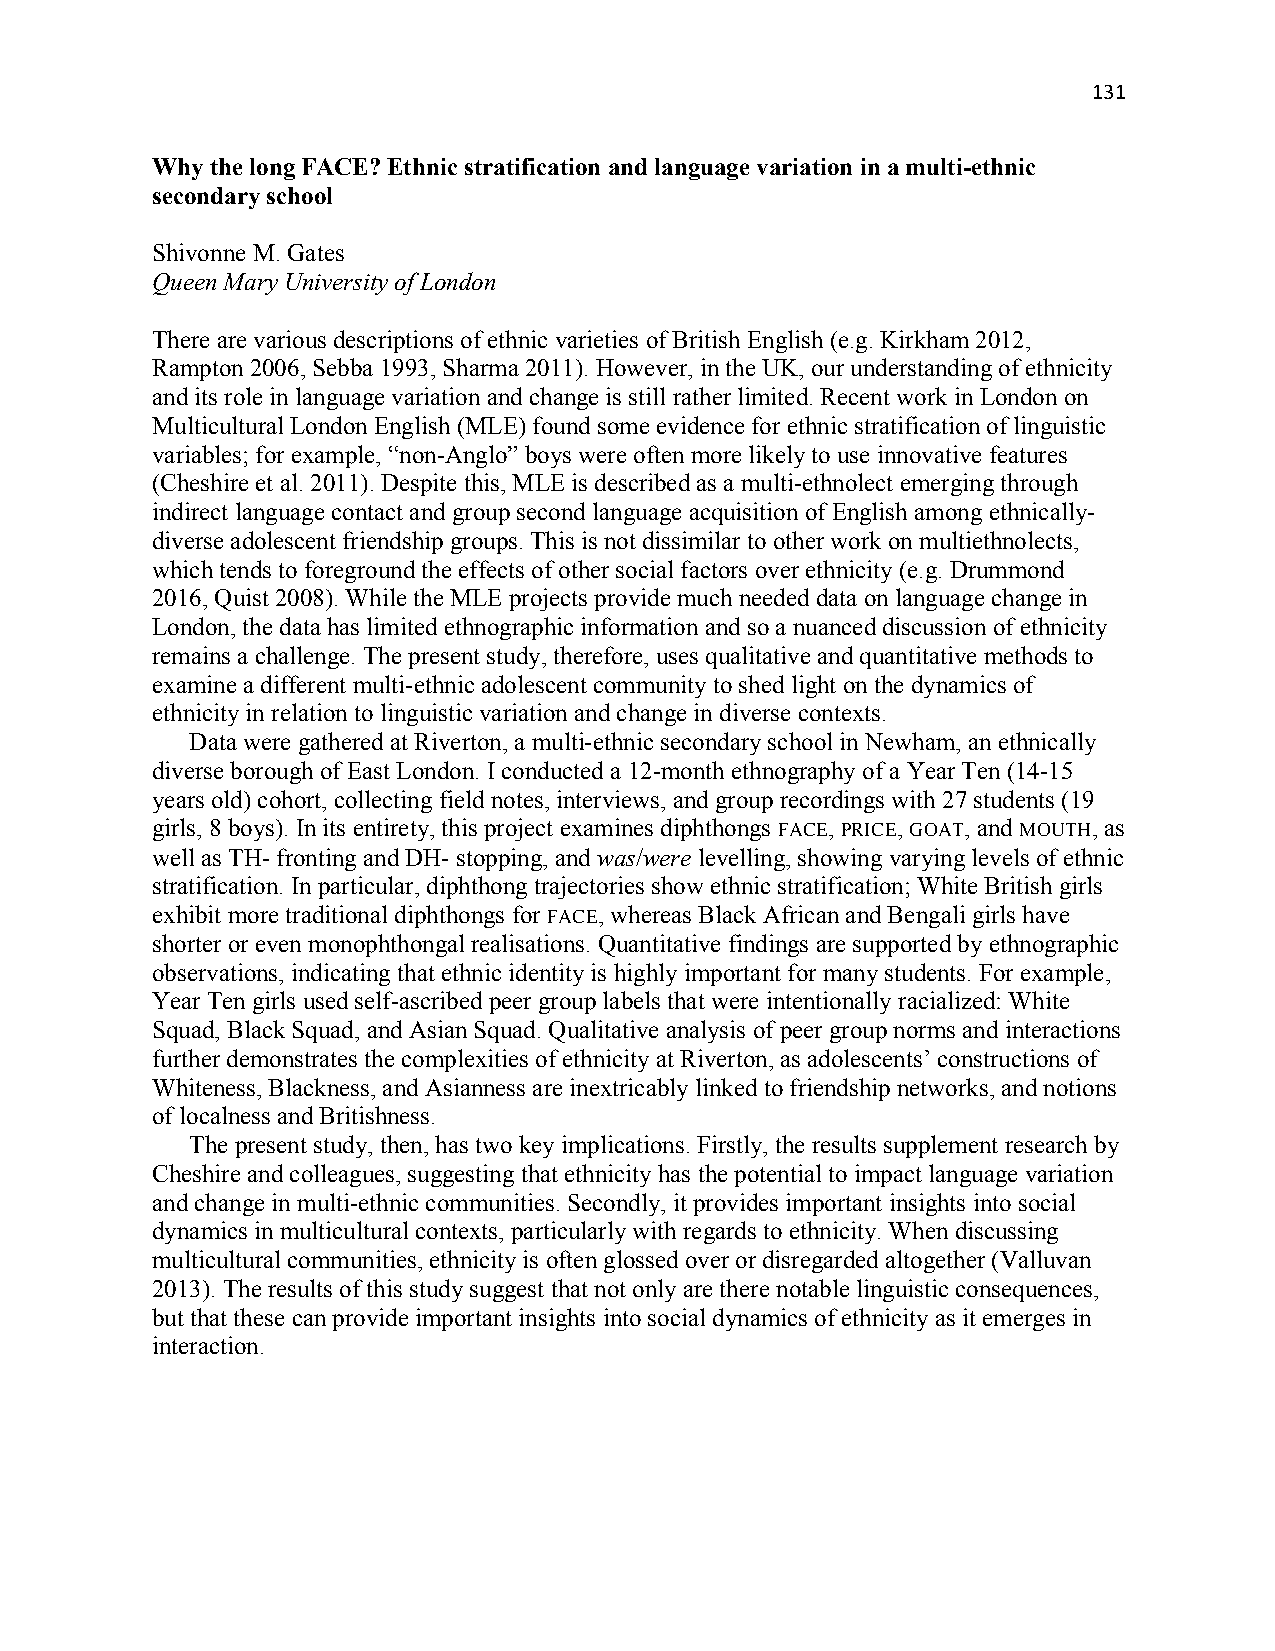
131
 Why the long FACE? Ethnic stratification and language variation in a multi-ethnic
 secondary school
 Shivonne M. Gates
 Queen Mary University of London
 There are various descriptions of ethnic varieties of British English (e.g. Kirkham 2012,
 Rampton 2006, Sebba 1993, Sharma 2011). However, in the UK, our understanding of ethnicity
 and its role in language variation and change is still rather limited. Recent work in London on
 Multicultural London English (MLE) found some evidence for ethnic stratification of linguistic
 variables; for example, “non-Anglo” boys were often more likely to use innovative features
 (Cheshire et al. 2011). Despite this, MLE is described as a multi-ethnolect emerging through
 indirect language contact and group second language acquisition of English among ethnically-
 diverse adolescent friendship groups. This is not dissimilar to other work on multiethnolects,
 which tends to foreground the effects of other social factors over ethnicity (e.g. Drummond
 2016, Quist 2008). While the MLE projects provide much needed data on language change in
 London, the data has limited ethnographic information and so a nuanced discussion of ethnicity
 remains a challenge. The present study, therefore, uses qualitative and quantitative methods to
 examine a different multi-ethnic adolescent community to shed light on the dynamics of
 ethnicity in relation to linguistic variation and change in diverse contexts.
 Data were gathered at Riverton, a multi-ethnic secondary school in Newham, an ethnically
 diverse borough of East London. I conducted a 12-month ethnography of a Year Ten (14-15
 years old) cohort, collecting field notes, interviews, and group recordings with 27 students (19
 girls, 8 boys). In its entirety, this project examines diphthongs FACE, PRICE, GOAT, and MOUTH, as
 well as TH- fronting and DH- stopping, and was/were levelling, showing varying levels of ethnic
 stratification. In particular, diphthong trajectories show ethnic stratification; White British girls
 exhibit more traditional diphthongs for FACE, whereas Black African and Bengali girls have
 shorter or even monophthongal realisations. Quantitative findings are supported by ethnographic
 observations, indicating that ethnic identity is highly important for many students. For example,
 Year Ten girls used self-ascribed peer group labels that were intentionally racialized: White
 Squad, Black Squad, and Asian Squad. Qualitative analysis of peer group norms and interactions
 further demonstrates the complexities of ethnicity at Riverton, as adolescents’ constructions of
 Whiteness, Blackness, and Asianness are inextricably linked to friendship networks, and notions
 of localness and Britishness.
 The present study, then, has two key implications. Firstly, the results supplement research by
 Cheshire and colleagues, suggesting that ethnicity has the potential to impact language variation
 and change in multi-ethnic communities. Secondly, it provides important insights into social
 dynamics in multicultural contexts, particularly with regards to ethnicity. When discussing
 multicultural communities, ethnicity is often glossed over or disregarded altogether (Valluvan
 2013). The results of this study suggest that not only are there notable linguistic consequences,
 but that these can provide important insights into social dynamics of ethnicity as it emerges in
 interaction.